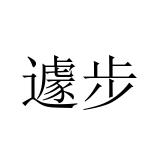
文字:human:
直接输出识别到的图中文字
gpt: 遽步